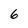
Character: 6